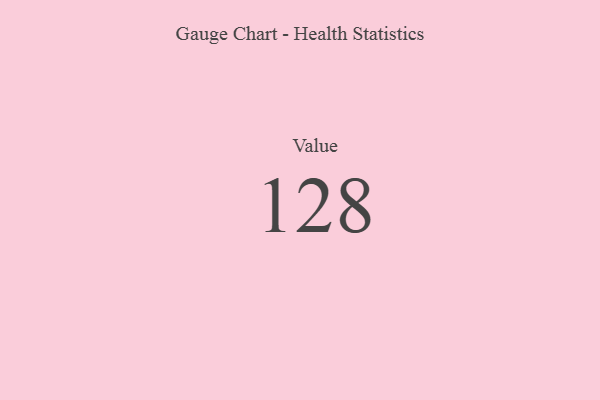
{"axis": {"x": "Metric", "y": "Value"}, "legend": [""], "data": [{"x": "Value", "y": 128, "type": ""}]}